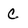
Character: c